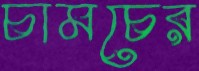
চামচের